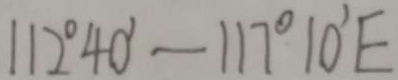
1 1 2 ^ { \circ } 4 0 ^ { \prime } - 1 1 7 ^ { \circ } 1 0 ^ { \prime } E